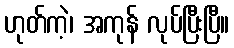
ဟုတ်ကဲ့၊ အကုန် လုပ်ပြီးပြီ။